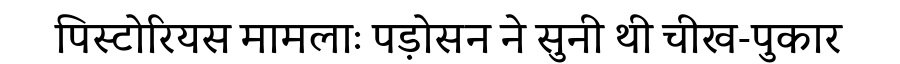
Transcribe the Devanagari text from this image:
पिस्टोरियस मामलाः पड़ोसन ने सुनी थी चीख-पुकार